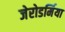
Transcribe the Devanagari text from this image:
जेरोडर्मिया